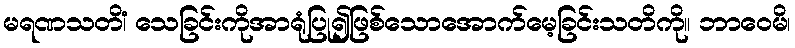
မရဏသတိံ၊ သေခြင်းကိုအာရုံပြု၍ဖြစ်သောအောက်မေ့ခြင်းသတိကို။ ဘာဝေမိ၊